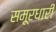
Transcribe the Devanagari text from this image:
समूरधारी